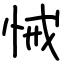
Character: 悈